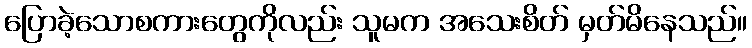
ပြောခဲ့သောစကားတွေကိုလည်း သူမက အသေးစိတ် မှတ်မိနေသည်။